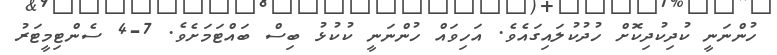
ހުންނަނީ ކުދިކުދިކޮށް ހުދުކުލައިގައެވެ. އަހިވައް ހުންނަނީ ކުކުޅު ބިސް ބައްޓަމަށެވެ. 7-4 ސެންޓިމީޓަރު